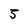
Character: 5